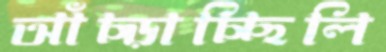
আঁচ্‌ড়াচ্ছিলি